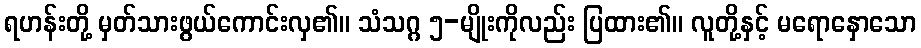
ရဟန်းတို့ မှတ်သားဖွယ်ကောင်းလှ၏။ သံသဂ္ဂ ၅-မျိုးကိုလည်း ပြထား၏။ လူတို့နှင့် မရောနှောသော